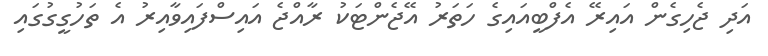
އަދި ޖެހިގެން އައިރޭ އެފްބީއައިގެ ހަތަރު އޭޖެންޓަކު ރާއްޖެ އައިސްފައިވާއިރު އެ ތަހުގީގުގައި